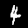
Label: 4